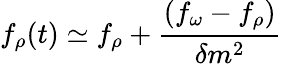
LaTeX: f_{\rho}(t)\simeq f_{\rho}+\frac{(f_{\omega}-f_{\rho})}{\delta m^{2}}